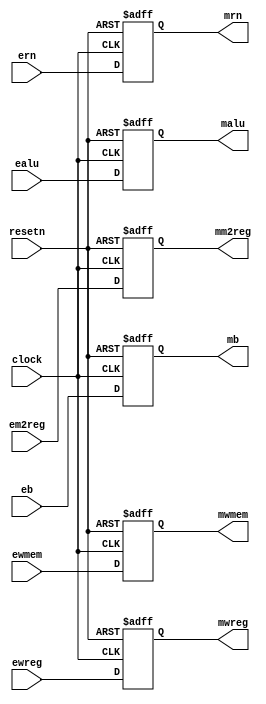
module pipeemreg( ewreg,em2reg,ewmem,ealu,eb,ern,clock,resetn,
                  mwreg,mm2reg,mwmem,malu,mb,mrn);

   input          ewreg,em2reg,ewmem;
   input  [31:0]  ealu,eb;
   input   [4:0]  ern;

   input          clock,resetn;

   output         mwreg,mm2reg,mwmem;
   output [31:0]  malu,mb;
   output  [4:0]  mrn;

   reg            mwreg,mm2reg,mwmem;
   reg    [31:0]  malu,mb;
   reg     [4:0]  mrn;

   always @ (negedge resetn or posedge clock)
      if (resetn == 0) 
         begin
            mwreg    <=  1'b0;
            mm2reg   <=  1'b0;
            mwmem    <=  1'b0;
            malu     <= 32'b0;
            mb       <= 32'b0;
            mrn      <=  5'b0;
         end
      else
         begin 
            mwreg    <=  ewreg;
            mm2reg   <=  em2reg;
            mwmem    <=  ewmem;
            malu     <=  ealu;
            mb       <=  eb;
            mrn      <=  ern;
         end

endmodule